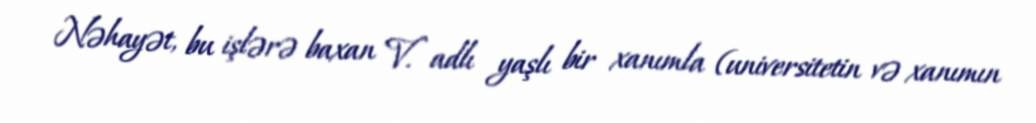
Nəhayət, bu işlərə baxan V. adlı yaşlı bir xanımla (universitetin və xanımın